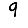
Digit: 9